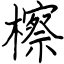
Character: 檫